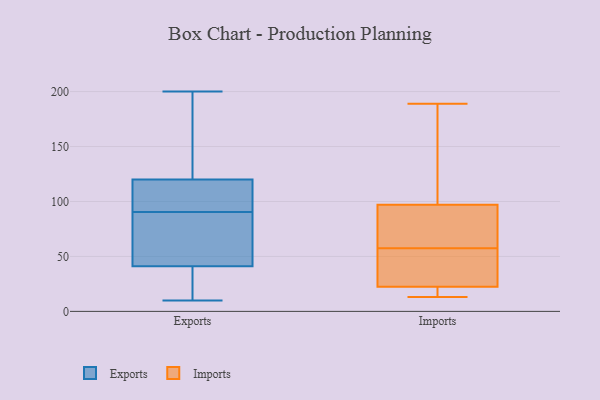
{"axis": {"x": "Shipments", "y": "Value"}, "legend": ["Exports", "Imports"], "data": [{"x": "", "y": 200, "type": "Exports"}, {"x": "", "y": 119, "type": "Exports"}, {"x": "", "y": 91, "type": "Exports"}, {"x": "", "y": 102, "type": "Exports"}, {"x": "", "y": 18, "type": "Exports"}, {"x": "", "y": 11, "type": "Exports"}, {"x": "", "y": 116, "type": "Exports"}, {"x": "", "y": 121, "type": "Exports"}, {"x": "", "y": 90, "type": "Exports"}, {"x": "", "y": 58, "type": "Exports"}, {"x": "", "y": 24, "type": "Exports"}, {"x": "", "y": 180, "type": "Exports"}, {"x": "", "y": 10, "type": "Exports"}, {"x": "", "y": 72, "type": "Exports"}, {"x": "", "y": 58, "type": "Exports"}, {"x": "", "y": 143, "type": "Exports"}, {"x": "", "y": 13, "type": "Imports"}, {"x": "", "y": 130, "type": "Imports"}, {"x": "", "y": 28, "type": "Imports"}, {"x": "", "y": 15, "type": "Imports"}, {"x": "", "y": 55, "type": "Imports"}, {"x": "", "y": 189, "type": "Imports"}, {"x": "", "y": 29, "type": "Imports"}, {"x": "", "y": 188, "type": "Imports"}, {"x": "", "y": 60, "type": "Imports"}, {"x": "", "y": 17, "type": "Imports"}, {"x": "", "y": 61, "type": "Imports"}, {"x": "", "y": 64, "type": "Imports"}]}